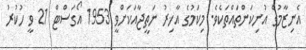
އެނިޒާމުގެ އުނިކަންތައްތަކެވެ. މިކަމުގެ އާޚިރު ނަތީޖާއަކަށްވީ 1953 އޯގަސްޓް 21 ވީ ހުކުރު